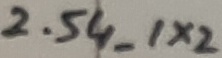
Text: 2.54_1X2